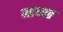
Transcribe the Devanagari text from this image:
माध्यत